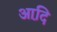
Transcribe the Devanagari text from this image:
आदि़